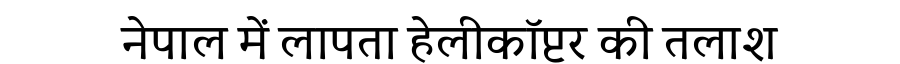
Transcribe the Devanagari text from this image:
नेपाल में लापता हेलीकॉप्टर की तलाश